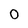
Character: 0